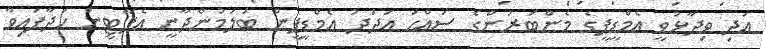
އަދި ވިދާޅުވީ އެމްޑީޕީގެ މެންބަރުންގެ ސައްހަ އަދަދު އެމްޑީޕީން ބަލަމުންދާނީ އެޕާޓީން ހަދާފައިވާ